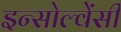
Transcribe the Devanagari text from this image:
इन्सोल्वेंसी